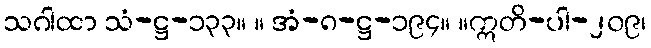
သဂါထာ သံ-ဋ္ဌ-၁၃၃။ ။ အံ-၈-ဋ္ဌ-၁၉၄။ ။ဣတိ-ပါ-၂၀၉၊